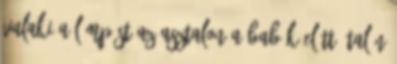
valaki a lámpást az asztalon a babák előtt? talán